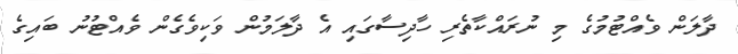
ދާލަން ވެއްޓުމުގެ މި ނުރައްކާތެރި ހާދިސާގައި އެ ދާލަމުން ވަކިވެގެން ވެއްޓުނު ބައިގެ